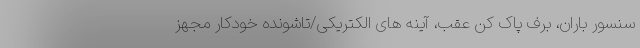
سنسور باران، برف پاک کن عقب، آینه های الکتریکی/تاشونده خودکار مجهز